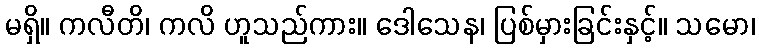
မရှိ။ ကလီတိ၊ ကလိ ဟူသည်ကား။ ဒေါသေန၊ ပြစ်မှားခြင်းနှင့်။ သမော၊